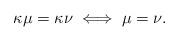
LaTeX: \begin{align*}\kappa\mu=\kappa\nu\iff\mu=\nu.\end{align*}